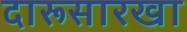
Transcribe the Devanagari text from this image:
दारूसारखा